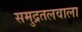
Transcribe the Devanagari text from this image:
समुद्रतलवाला